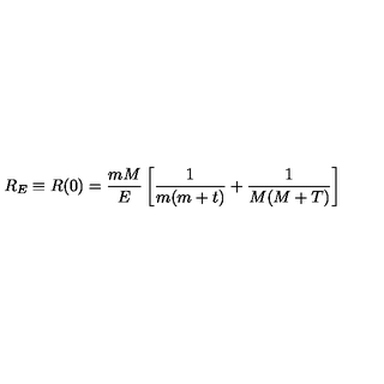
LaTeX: R _ { E } \equiv R ( 0 ) = \frac { m M } E \left[ \frac 1 { m ( m + t ) } + \frac 1 { M ( M + T ) } \right]